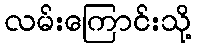
လမ်းကြောင်းသို့